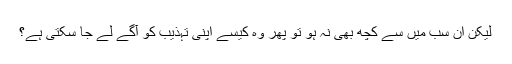
لیکن ان سب میں سے کچھ بھی نہ ہو تو پھر وہ کیسے اپنی تہذیب کو آگے لے جا سکتی ہے؟